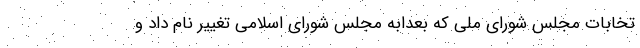
تخابات مجلس شورای ملی که بعداًبه مجلس شورای اسلامی تغییر نام داد و